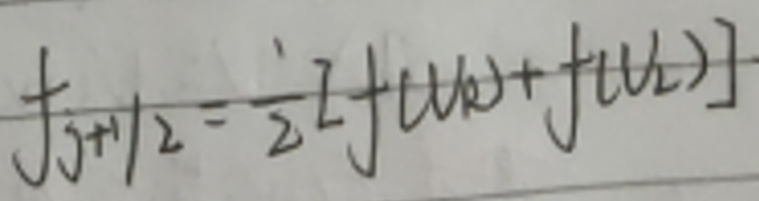
\[f_{j + 1/2}=\frac{1}{2}[f(u_R)+f(u_L)]\]